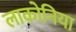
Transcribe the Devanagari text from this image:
लाकोनिया